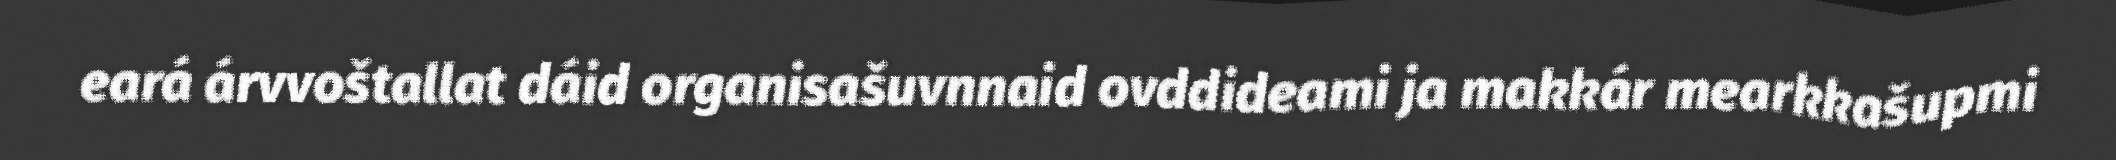
eará árvvoštallat dáid organisašuvnnaid ovddideami ja makkár mearkkašupmi